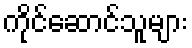
ကိုင်ဆောင်သူများ